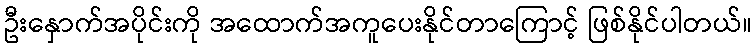
ဦးနှောက်အပိုင်းကို အထောက်အကူပေးနိုင်တာကြောင့် ဖြစ်နိုင်ပါတယ်။